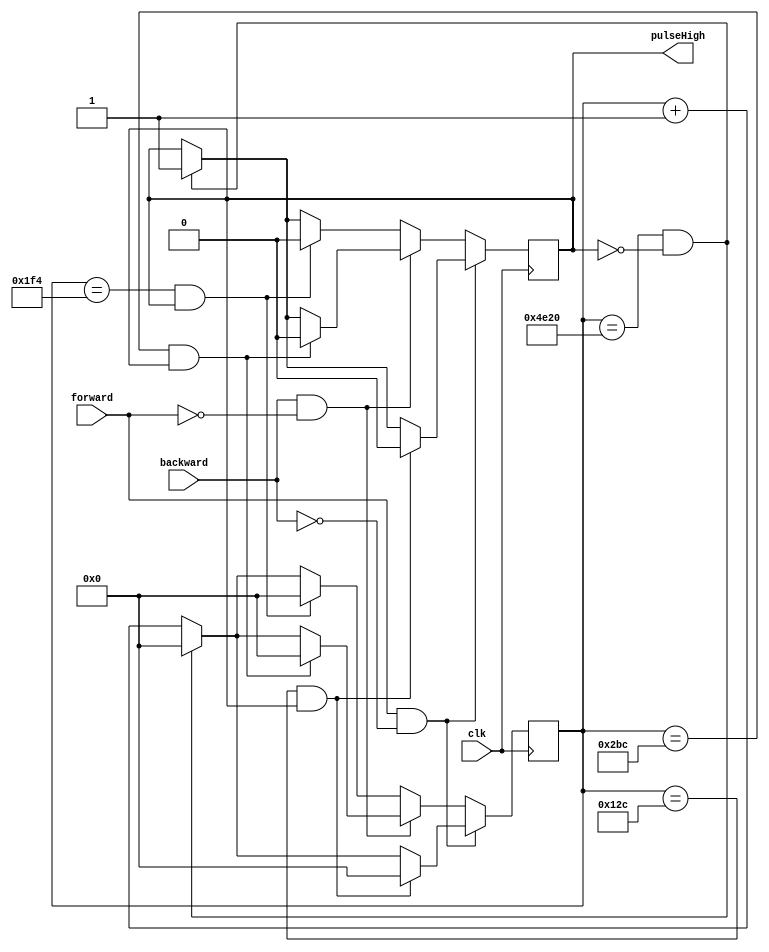
`timescale 1ns / 1ps
//////////////////////////////////////////////////////////////////////////////////
// Company: 
// Engineer: 
// 
// Design Name: 
// Module Name:    motorMain 
// Project Name: 
// Target Devices: 
// Tool versions: 
// Description: 
//
// Dependencies: 
//
// Revision: 
// Revision 0.01 - File Created
// Additional Comments: 
//
//////////////////////////////////////////////////////////////////////////////////
module motorMain(
	input clk,
	input backward,
	input forward,
	output reg pulseHigh
    );
	 
	 reg [15:0] count;
	 
	 initial begin
		pulseHigh = 0;
		count = 16'd0;
	 end	
	 
	 always @(posedge clk)begin
		count <= count + 1;
			if (forward == 1 && backward == 0)begin
				if (count == 16'd300 && pulseHigh == 1)begin
					pulseHigh <= 0;
					count <= 16'd0;
				end// nested if
				else if(count == 16'd20000 && pulseHigh == 0)begin
					pulseHigh <= 1;
					count <= 16'd0;
				end//nested else if
			end//if
			else if(backward == 1 && forward == 0)begin
				if(count == 16'd700 && pulseHigh == 1)begin
					pulseHigh <= 0;
					count <= 16'd0;
				end//nested if
				else if(count == 16'd20000 && pulseHigh == 0) begin
					pulseHigh <= 1;
					count <= 16'd0;
				end//nested else if
			end
			else begin
				if (count == 16'd500 && pulseHigh == 1)begin
					pulseHigh <= 0;
					count <= 16'd0;
				end//nested if
				else if(count == 16'd20000 && pulseHigh == 0) begin
					pulseHigh <= 1;
					count <= 16'd0;
				end//nested else if
			end
		
			
	 end


endmodule